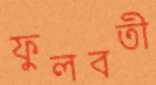
ফুলবতী